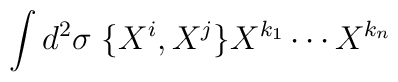
\int d^2 \sigma \; \{X^i, X^j\} X^{k_1} \cdots X^{k_n}